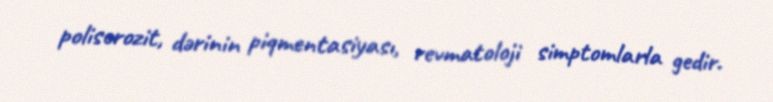
poliserozit, dərinin piqmentasiyası, revmatoloji simptomlarla gedir.